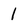
Character: 1